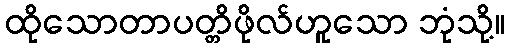
ထိုသောတာပတ္တိဖိုလ်ဟူသော ဘုံသို့။